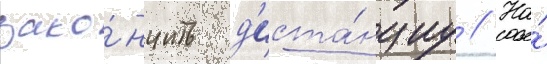
зако́нчить д'иста́нциу // На́